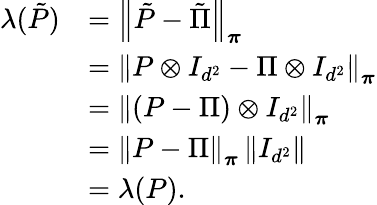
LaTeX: \begin{array}{rl}{\lambda(\tilde{P})}&{=\left\lVert\tilde{P}-\tilde{\Pi}\right\rVert_{\boldsymbol\pi}}\\ &{=\left\lVert P\otimes I_{d^{2}}-\Pi\otimes I_{d^{2}}\right\rVert_{\boldsymbol\pi}}\\ &{=\left\lVert(P-\Pi)\otimes I_{d^{2}}\right\rVert_{\boldsymbol\pi}}\\ &{=\left\lVert P-\Pi\right\rVert_{\boldsymbol\pi}\left\lVert I_{d^{2}}\right\rVert}\\ &{=\lambda(P).}\end{array}